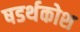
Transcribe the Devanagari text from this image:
षडर्थकोश